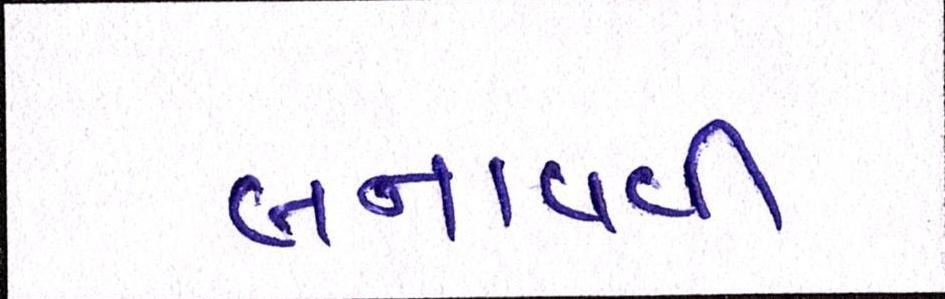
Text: બનાવવી